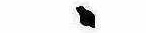
ゝ